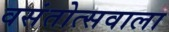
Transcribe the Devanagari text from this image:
वसंतोत्सवाला